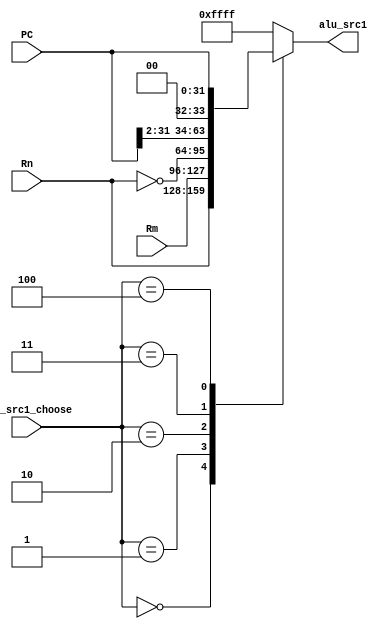
`define S1_RN 3'd0
`define S1_RM 3'd1
`define S1_NOT_RN 3'd2
`define S1_PC_ALIGN 3'd3
`define S1_PC 3'd4

module mux_alu_src1(
	alu_src1_choose,
	Rn,
	Rm,
	PC,
	alu_src1
);
	input [2:0]alu_src1_choose;
	input [31:0]Rn;
	input [31:0]Rm;
	input [31:0]PC;
	
	output [31:0]alu_src1;
	
	reg [31:0]alu_src1;
	
	always@(alu_src1_choose or Rn or Rm or PC)begin
		case(alu_src1_choose)
			`S1_RN:	alu_src1 <= Rn;
			`S1_RM:	alu_src1 <= Rm;
			`S1_NOT_RN: alu_src1 <= ~Rn;
			`S1_PC_ALIGN: alu_src1 <= {PC[31:2],2'd0};
			`S1_PC: alu_src1 <= PC;
			default: alu_src1 <= 32'hffff;//x
		endcase
	end
endmodule